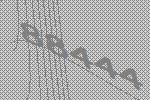
88444